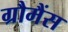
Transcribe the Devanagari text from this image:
ग्रौमैंस